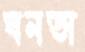
ঘনতা